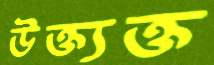
উক্ত্যক্ত